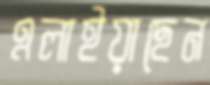
এলাইয়াছেন